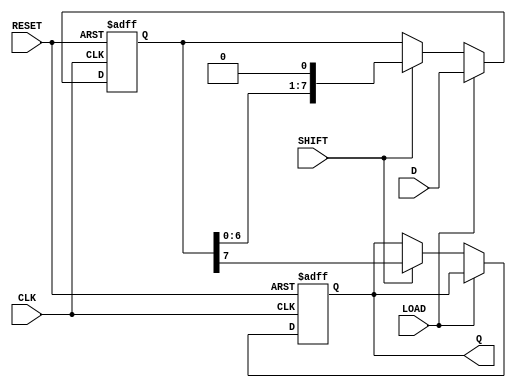
module ShiftPISO #(parameter WIDTH = 8) (
    input wire [WIDTH-1:0] D,       // Parallel Data Input
    input wire LOAD,                 // Load signal
    input wire SHIFT,                // Shift signal
    input wire CLK,                  // Clock signal
    input wire RESET,                // Asynchronous Reset
    output reg Q                    // Serial Output
);

    // Internal shift register
    reg [WIDTH-1:0] shift_reg;

    always @(posedge CLK or posedge RESET) begin
        if (RESET) begin
            // Asynchronous reset: set all bits to 0
            shift_reg <= {WIDTH{1'b0}};
            Q <= 1'b0; // reset Q output
        end else if (LOAD) begin
            // Load data into the shift register
            shift_reg <= D;
        end else if (SHIFT) begin
            // Shift data out serially
            Q <= shift_reg[WIDTH-1]; // Output the MSB
            shift_reg <= {shift_reg[WIDTH-2:0], 1'b0}; // Shift left and fill LSB with 0
        end
    end

endmodule